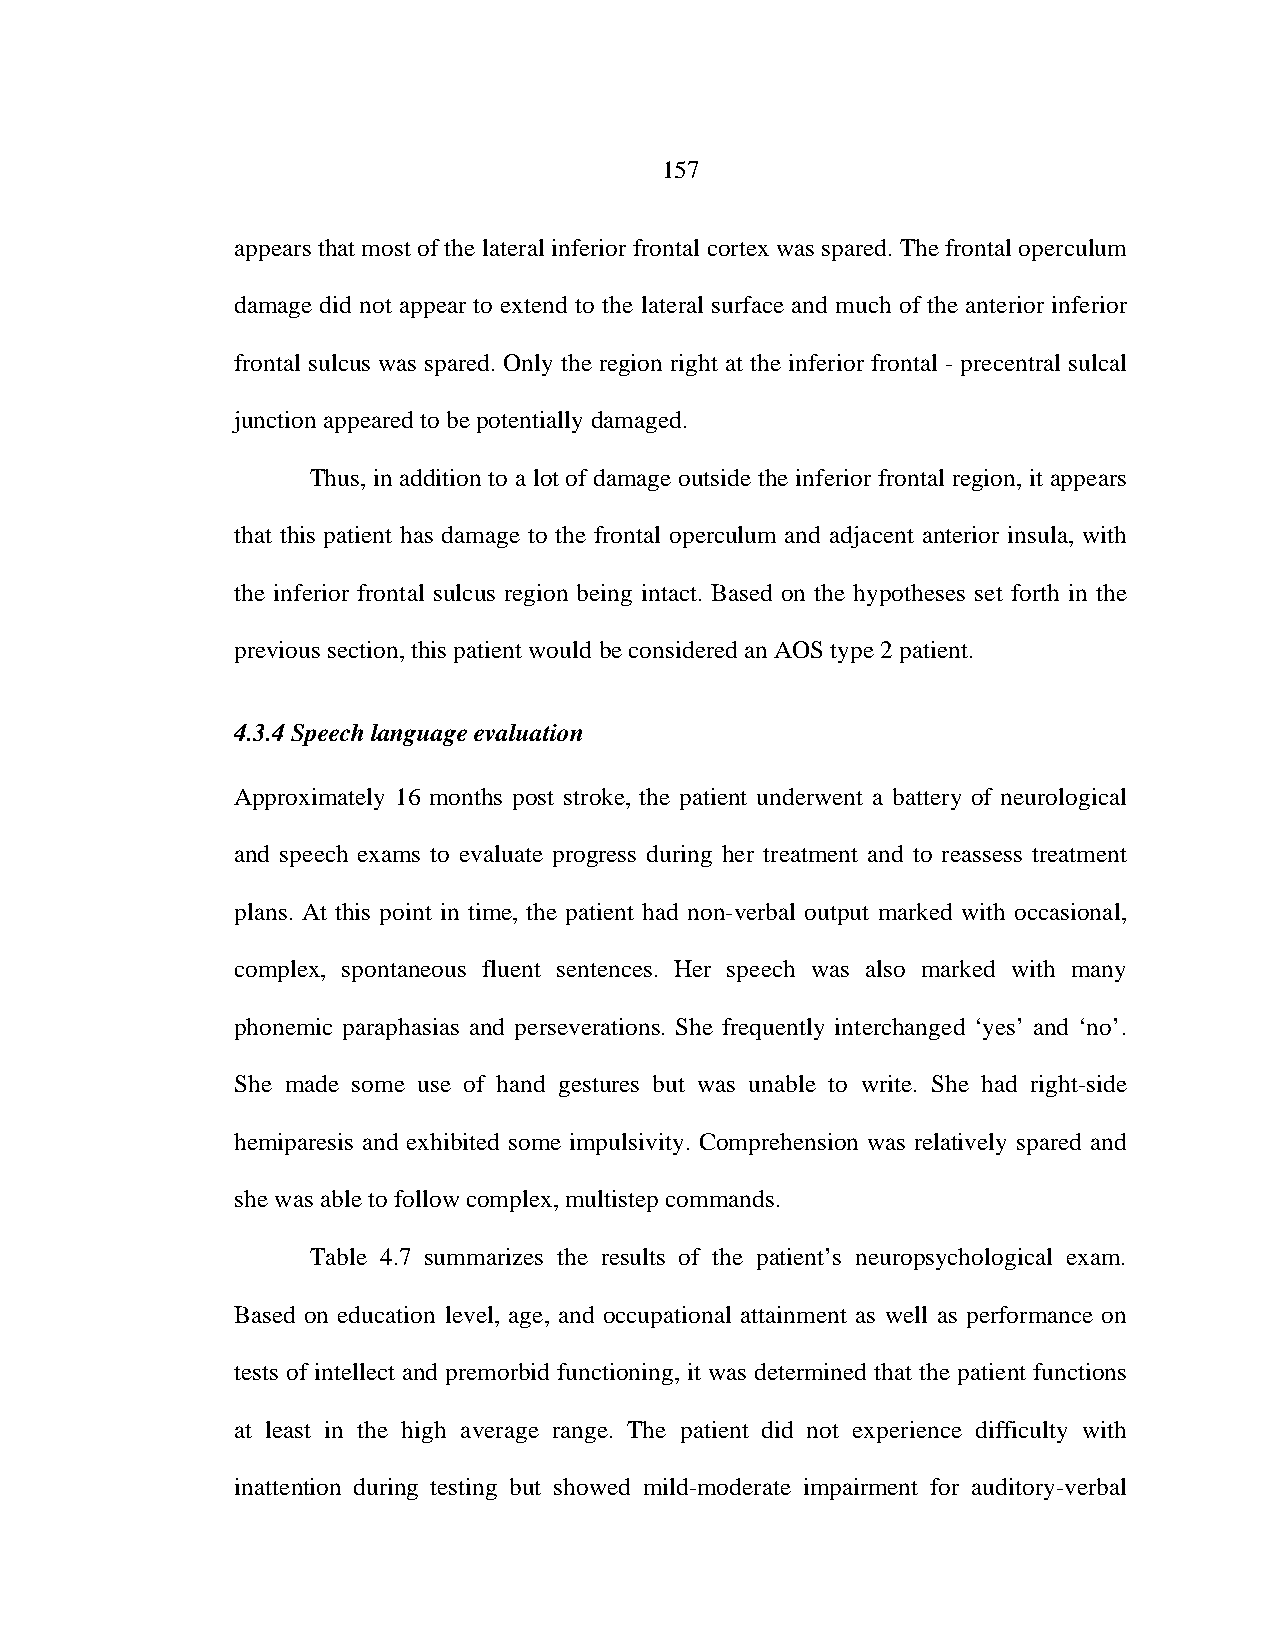
157
 appears that most of the lateral inferior frontal cortex was spared. The frontal operculum
 damage did not appear to extend to the lateral surface and much of the anterior inferior
 frontal sulcus was spared. Only the region right at the inferior frontal - precentral sulcal
 junction appeared to be potentially damaged.
 Thus, in addition to a lot of damage outside the inferior frontal region, it appears
 that this patient has damage to the frontal operculum and adjacent anterior insula, with
 the inferior frontal sulcus region being intact. Based on the hypotheses set forth in the
 previous section, this patient would be considered an AOS type 2 patient.
 4.3.4 Speech language evaluation
 Approximately 16 months post stroke, the patient underwent a battery of neurological
 and speech exams to evaluate progress during her treatment and to reassess treatment
 plans. At this point in time, the patient had non-verbal output marked with occasional,
 complex, spontaneous fluent sentences. Her speech was also marked with many
 phonemic paraphasias and perseverations. She frequently interchanged ‘yes’ and ‘no’.
 She made some use of hand gestures but was unable to write. She had right-side
 hemiparesis and exhibited some impulsivity. Comprehension was relatively spared and
 she was able to follow complex, multistep commands.
 Table 4.7 summarizes the results of the patient’s neuropsychological exam.
 Based on education level, age, and occupational attainment as well as performance on
 tests of intellect and premorbid functioning, it was determined that the patient functions
 at least in the high average range. The patient did not experience difficulty with
 inattention during testing but showed mild-moderate impairment for auditory-verbal